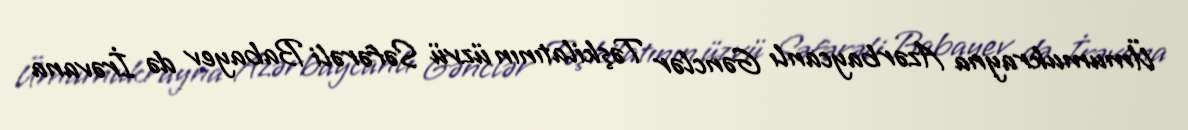
Ümumukrayna Azərbaycanlı Gənclər Təşkilatının üzvü Səfərəli Babayev də İrəvana